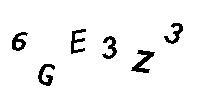
6GE3Z3